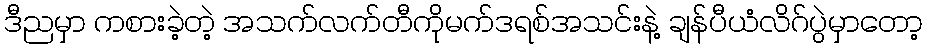
ဒီညမှာ ကစားခဲ့တဲ့ အသက်လက်တီကိုမက်ဒရစ်အသင်းနဲ့ ချန်ပီယံလိဂ်ပွဲမှာတော့